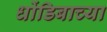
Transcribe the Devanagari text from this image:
धोंडिबाच्या